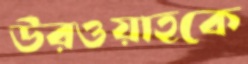
উরওয়াহকে